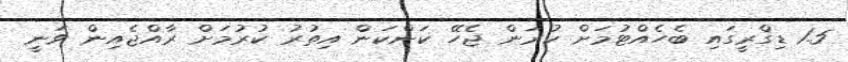
1.5 ޑިގްރީގައި ބެހެއްޓުމަށް ކުރަން ޖެހޭ ކަންކަން އިތުރު ކުރުމަށް ރާއްޖެއިން ވަނީ